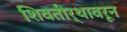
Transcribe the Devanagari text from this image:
शिवतीर्थावरून